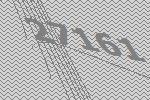
27161